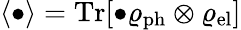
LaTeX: \langle\bullet\rangle={{\mathrm{Tr}}}[\bullet\varrho_{\mathrm{ph}}\otimes\varrho_{\mathrm{el}}]